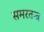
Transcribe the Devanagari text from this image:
समरतन्त्र